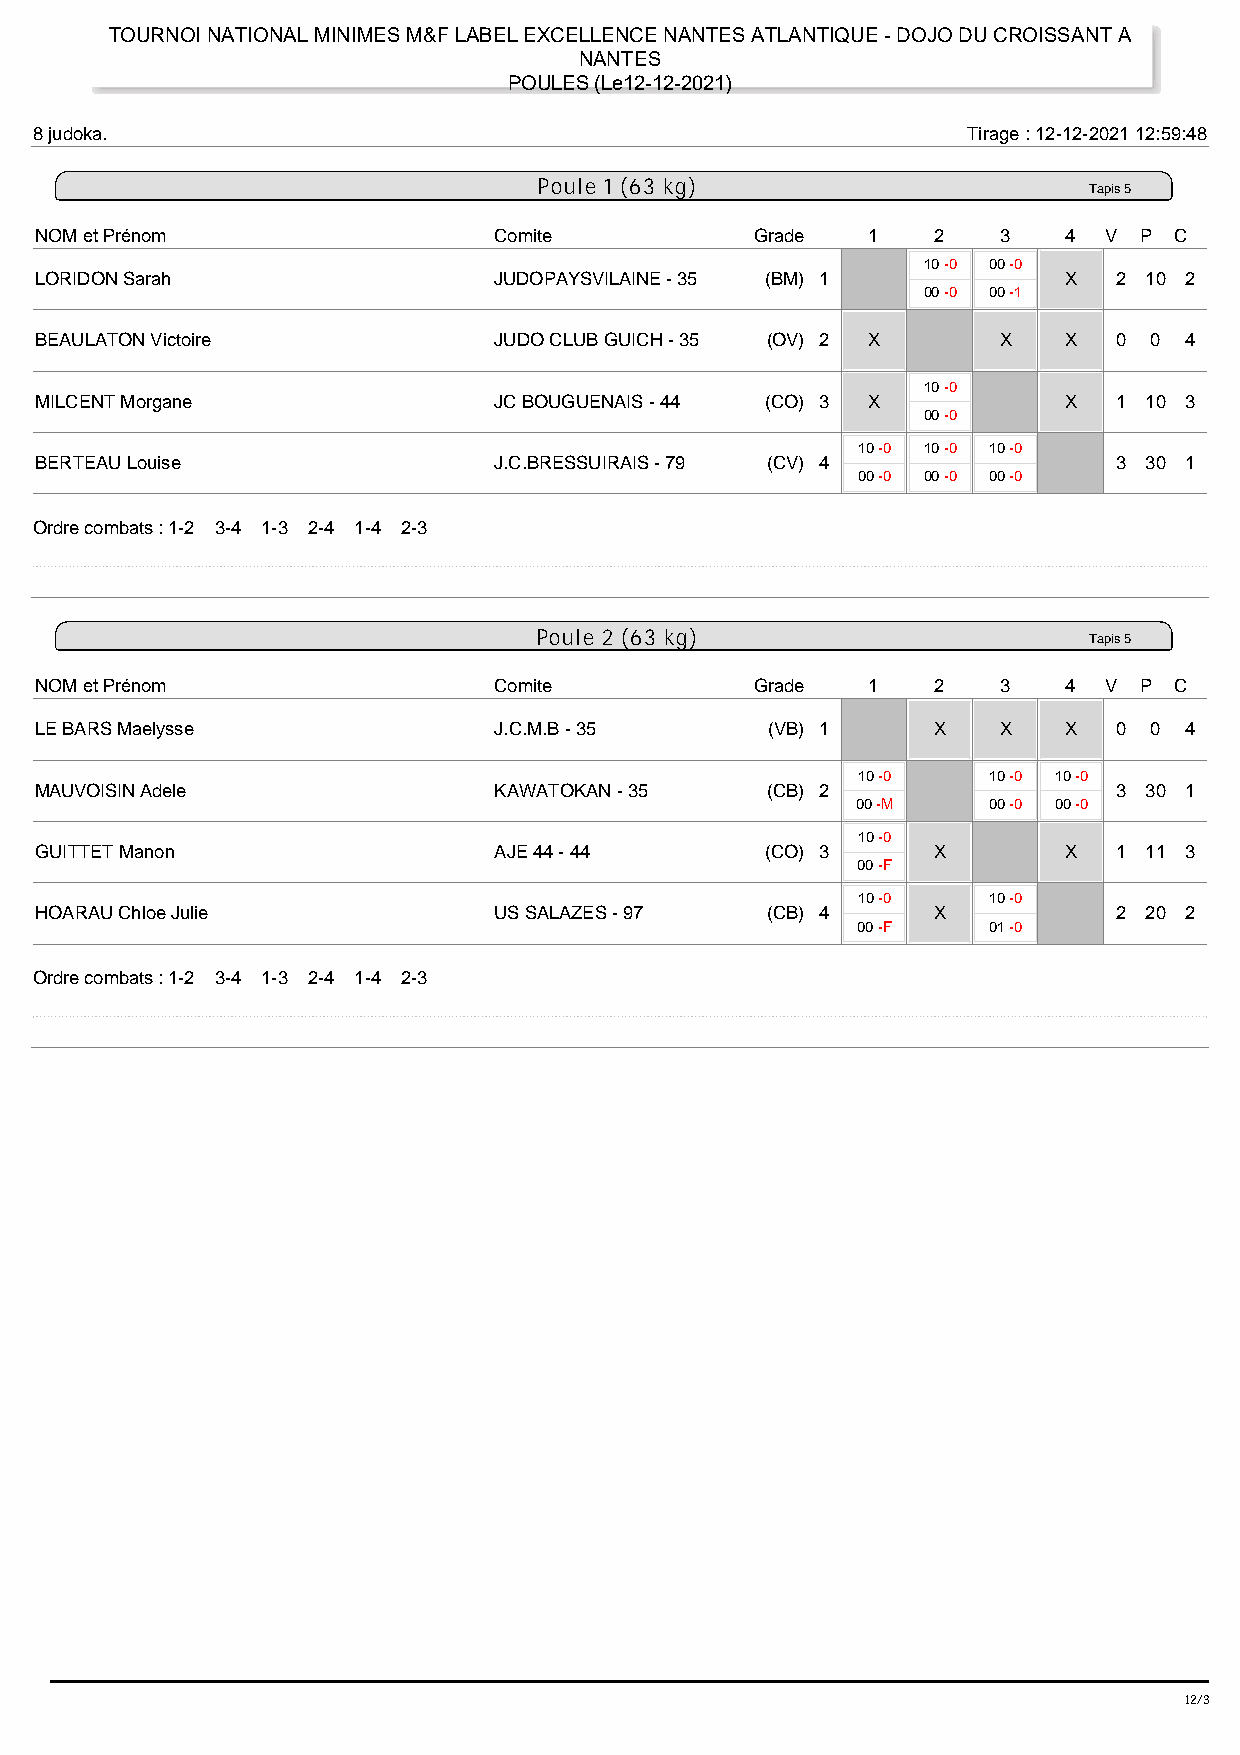
TOURNOI NATIONAL MINIMES M&F LABEL EXCELLENCE NANTES ATLANTIQUE - DOJO DU CROISSANT A
 NANTES
 POULES (Le12-12-2021)
 8 judoka.                                                     Tirage : 12-12-2021 12:59:48
 Poule 1 (63 kg)
 Tapis 5
 NOM et Prénom                  Comite           Grade  1    2   3    4 V P  C
 10 -0 00 -0
 LORIDON Sarah                  JUDOPAYSVILAINE - 35 (BM) 1           X  2 10 2
 00 -0 00 -1
 BEAULATON Victoire             JUDO CLUB GUICH - 35 (OV) 2 X    X    X  0 0 4
 10 -0
 MILCENT Morgane                JC BOUGUENAIS - 44 (CO) 3 X           X  1 10 3
 00 -0
 10 -0 10 -0 10 -0
 BERTEAU Louise                 J.C.BRESSUIRAIS - 79 (CV) 4              3 30 1
 00 -0 00 -0 00 -0
 Ordre combats : 1-2 3-4 1-3 2-4 1-4 2-3
 Poule 2 (63 kg)
 Tapis 5
 NOM et Prénom                  Comite           Grade  1    2   3    4 V P  C
 LE BARS Maelysse               J.C.M.B - 35      (VB) 1     X   X    X  0 0 4
 10 -0   10 -0 10 -0
 MAUVOISIN Adele                KAWATOKAN - 35    (CB) 2                 3 30 1
 00 -M   00 -0 00 -0
 10 -0
 GUITTET Manon                  AJE 44 - 44       (CO) 3     X        X  1 11 3
 00 -F
 10 -0   10 -0
 HOARAU Chloe Julie             US SALAZES - 97   (CB) 4     X           2 20 2
 00 -F   01 -0
 Ordre combats : 1-2 3-4 1-3 2-4 1-4 2-3
 12/37